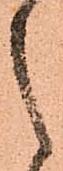
之